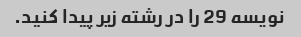
نویسه 29 را در رشته زیر پیدا کنید.